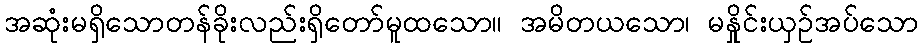
အဆုံးမရှိသောတန်ခိုးလည်းရှိတော်မူထသော။ အမိတယသော၊ မနှိုင်းယှဉ်အပ်သော